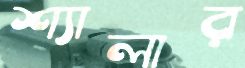
শ্যালার